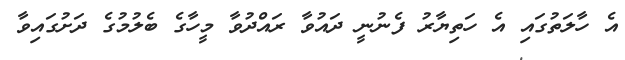
އެ ހާލަތުގައި އެ ހަތިޔާރު ފެނުނީ ދައުވާ ރައްދުވާ މީހާގެ ބެލުމުގެ ދަށުގައިވާ